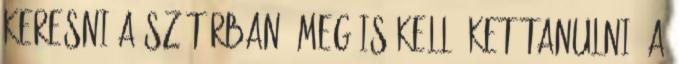
keresni a szótárban, meg is kell őket tanulni. A